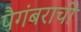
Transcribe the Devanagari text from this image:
पैगंबराची